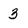
Character: 3